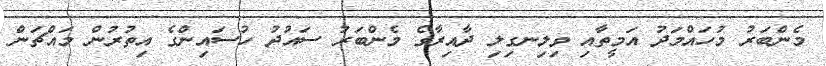
މެންބަރު މުހައްމަދު އަމީތާއި ވިލިނގިލި ދާއިރާގެ މެންބަރު ސައުދު ހުސައިންގެ އިތުރުން މައްޗަން